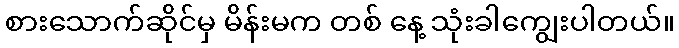
စားသောက်ဆိုင်မှ မိန်းမက တစ် နေ့ သုံးခါကျွေးပါတယ်။